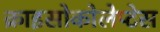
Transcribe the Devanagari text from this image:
क्राइसोकोलेप्टेस